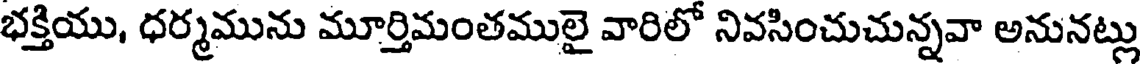
భక్తియు, ధర్మమును మూర్తిమంతములై వారిలో నివసించుచున్నవా అనునట్లు